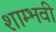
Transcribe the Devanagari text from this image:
शाम्भवी